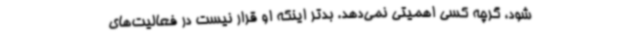
شود، گرچه کسی اهمیتی نمی‌دهد. بدتر اینکه او قرار نیست در فعالیت‌های